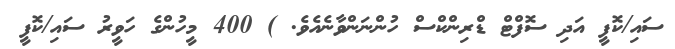
ސައި/ކޮފީ އަދި ސޮފްޓް ޑްރިންކްސް ހުންނަންވާނެއެވެ. ) 400 މީހުންގެ ހަވީރު ސައި/ކޮފީ